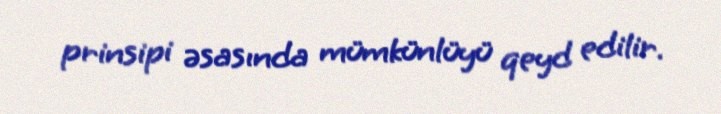
prinsipi əsasında mümkünlüyü qeyd edilir.